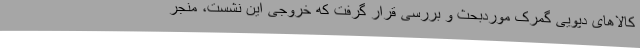
کالاهای دپویی گمرک موردبحث و بررسی قرار گرفت که خروجی این نشست، منجر